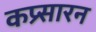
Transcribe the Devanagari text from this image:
कप्र्सारन